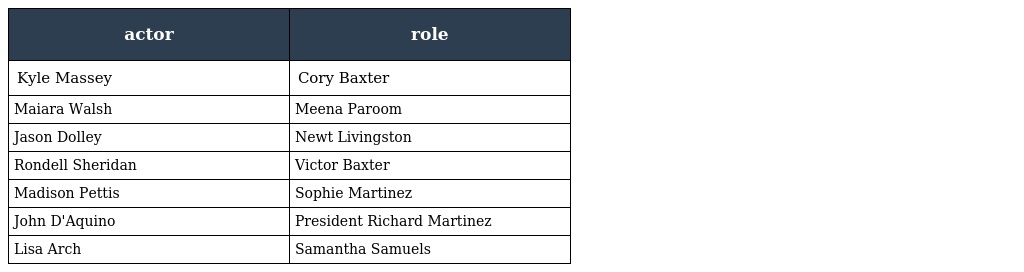
| actor | role |
 | --- | --- |
 | Kyle Massey | Cory Baxter |
 | Maiara Walsh | Meena Paroom |
 | Jason Dolley | Newt Livingston |
 | Rondell Sheridan | Victor Baxter |
 | Madison Pettis | Sophie Martinez |
 | John D'Aquino | President Richard Martinez |
 | Lisa Arch | Samantha Samuels |